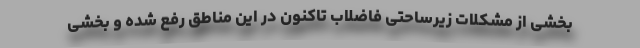
بخشی از مشکلات زیرساحتی فاضلاب تاکنون در این مناطق رفع شده و بخشی